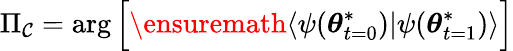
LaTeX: \Pi_{\mathcal{C}}=\arg\Big[\ensuremath{\langle{\psi({\boldsymbol{\theta}}_{t=0}^{*})}\rvert{\psi({\boldsymbol{\theta}}_{t=1}^{*})}\rangle}\Big]